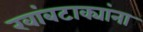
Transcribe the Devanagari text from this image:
खांबटाक्यांना